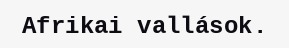
Afrikai vallások.